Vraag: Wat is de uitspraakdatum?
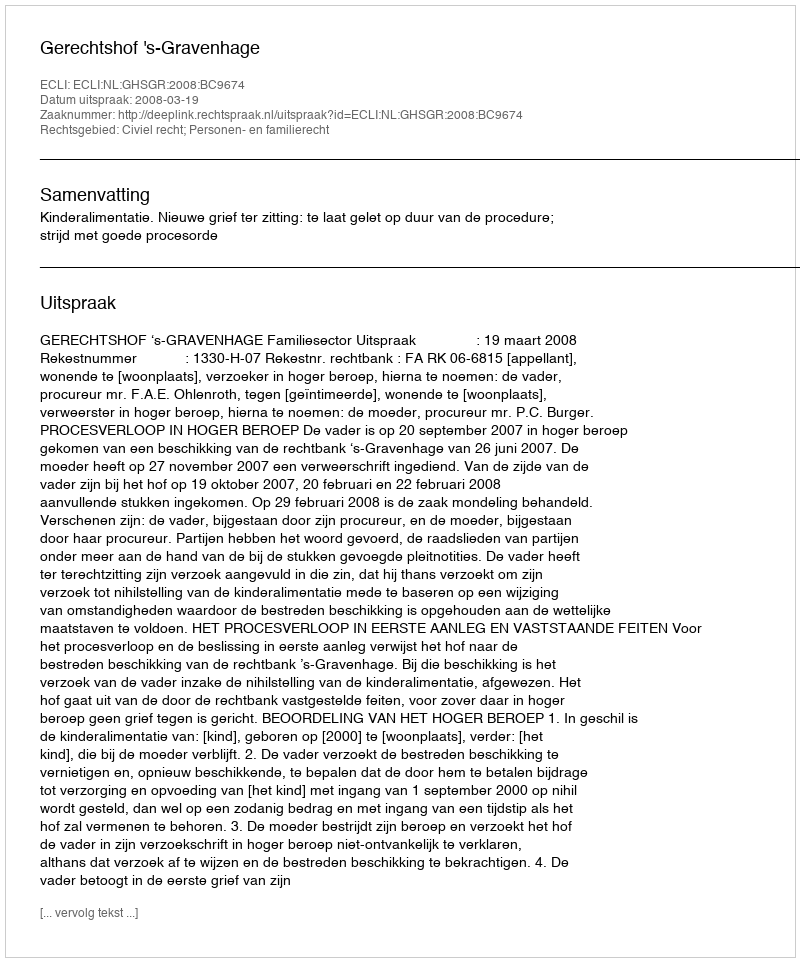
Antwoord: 2008-03-19